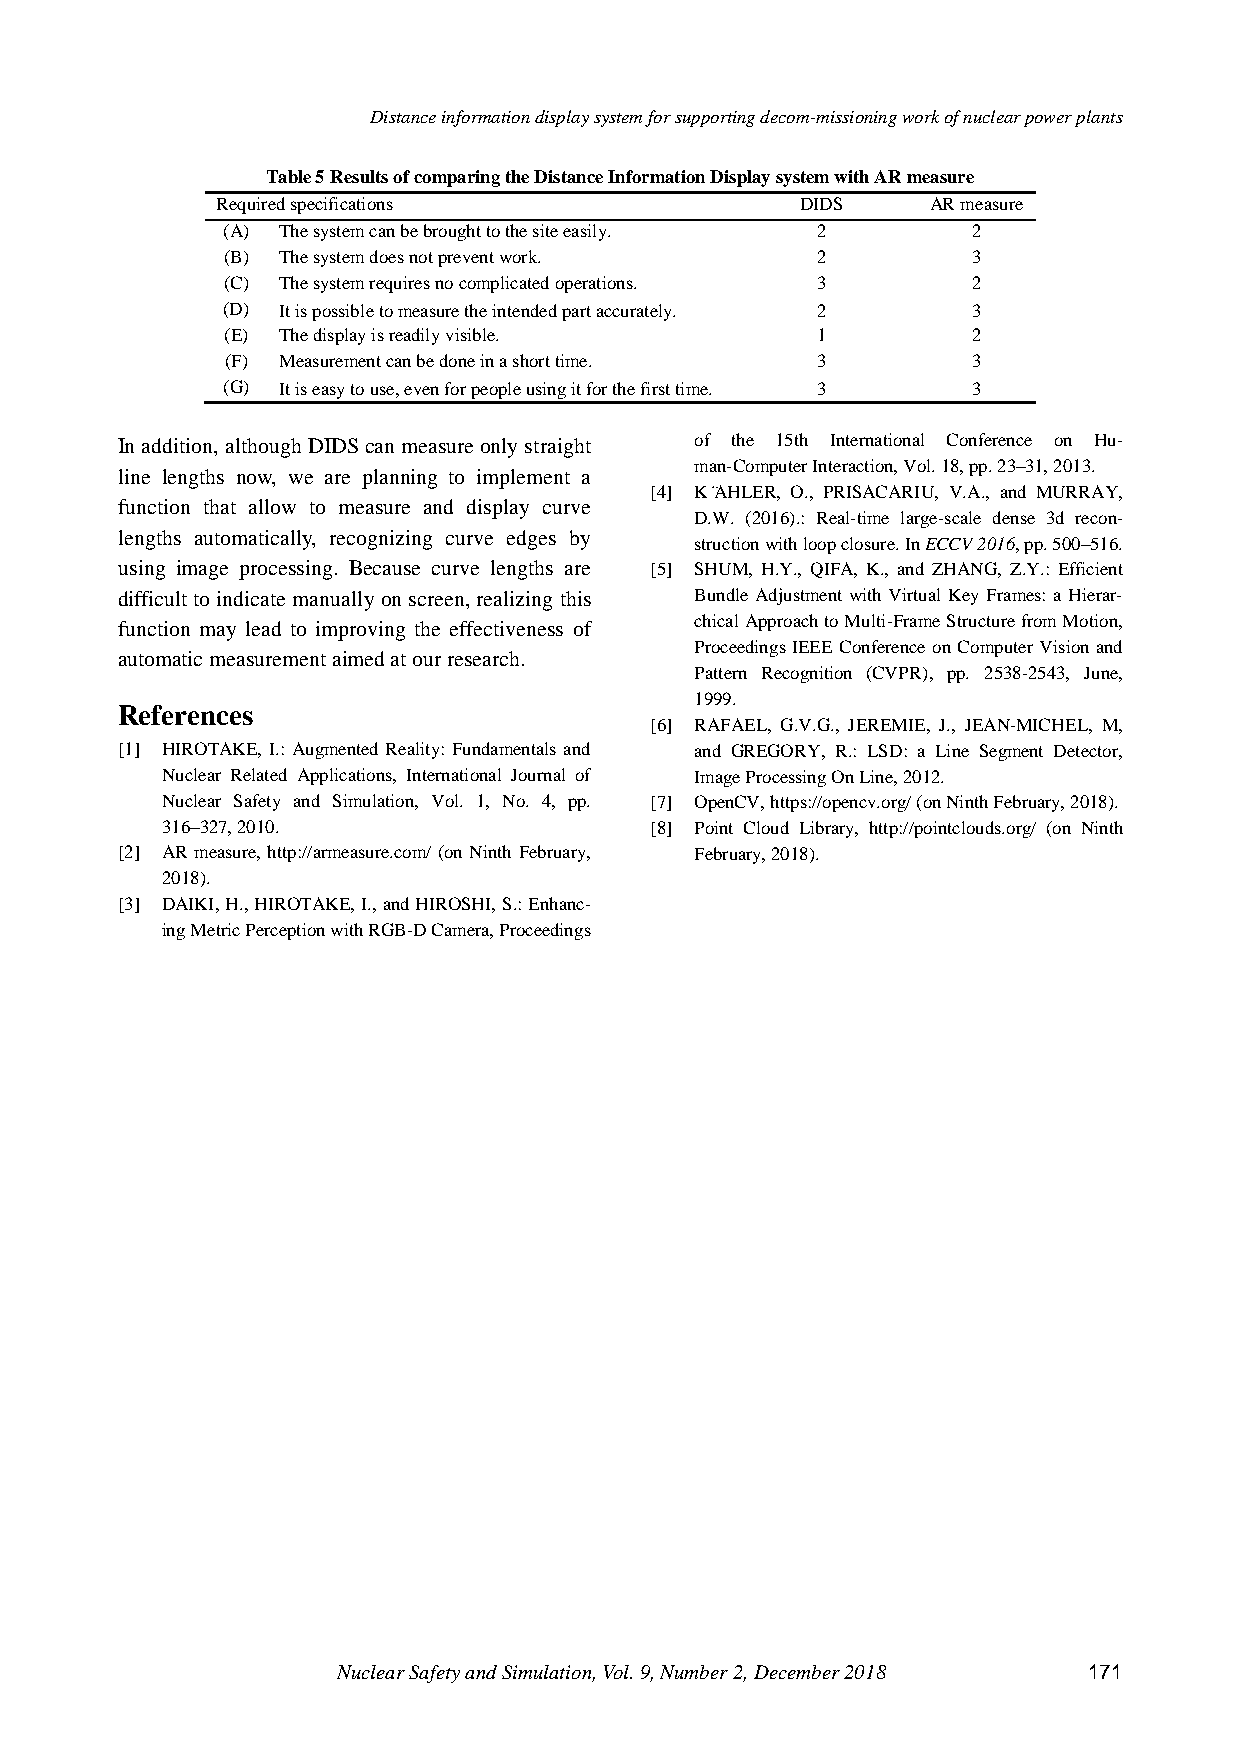
Distance information display system for supporting decom-missioning work of nuclear power plants
 Table 5 Results of comparing the Distance Information Display system with AR measure
 Required specifications                DIDS     AR measure
 (A) The system can be brought to the site easily. 2 2
 (B) The system does not prevent work.  2         3
 (C) The system requires no complicated operations. 3 2
 (D) It is possible to measure the intended part accurately. 2 3
 (E) The display is readily visible.    1         2
 (F) Measurement can be done in a short time. 3   3
 (G) It is easy to use, even for people using it for the first time. 3 3
 In addition, although DIDS can measure only straight of the 15th International Conference on Hu-
 man-Computer Interaction, Vol. 18, pp. 23–31, 2013.
 line lengths now, we are planning to implement a
 [4] K¨AHLER, O., PRISACARIU, V.A., and MURRAY,
 function that allow to measure and display curve
 D.W. (2016).: Real-time large-scale dense 3d recon-
 lengths automatically, recognizing curve edges by
 struction with loop closure. In ECCV 2016, pp. 500–516.
 using image processing. Because curve lengths are [5] SHUM, H.Y., QIFA, K., and ZHANG, Z.Y.: Efficient
 difficult to indicate manually on screen, realizing this Bundle Adjustment with Virtual Key Frames: a Hierar-
 function may lead to improving the effectiveness of chical Approach to Multi-Frame Structure from Motion,
 Proceedings IEEE Conference on Computer Vision and
 automatic measurement aimed at our research.
 Pattern Recognition (CVPR), pp. 2538-2543, June,
 1999.
 References
 [6] RAFAEL, G.V.G., JEREMIE, J., JEAN-MICHEL, M,
 [1] HIROTAKE, I.: Augmented Reality: Fundamentals and and GREGORY, R.: LSD: a Line Segment Detector,
 Nuclear Related Applications, International Journal of Image Processing On Line, 2012.
 Nuclear Safety and Simulation, Vol. 1, No. 4, pp. [7] OpenCV, https://opencv.org/ (on Ninth February, 2018).
 316–327, 2010.                  [8] Point Cloud Library, http://pointclouds.org/ (on Ninth
 [2] AR measure, http://armeasure.com/ (on Ninth February, February, 2018).
 2018).
 [3] DAIKI, H., HIROTAKE, I., and HIROSHI, S.: Enhanc-
 ing Metric Perception with RGB-D Camera, Proceedings
 Nuclear Safety and Simulation, Vol. 9, Number 2, December 2018 171